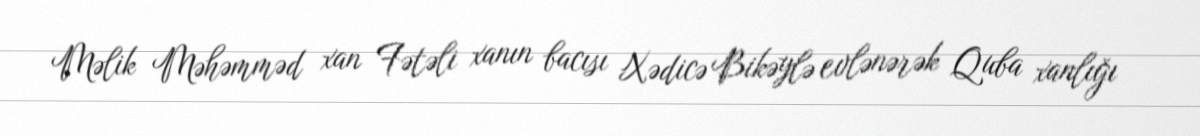
Məlik Məhəmməd xan Fətəli xanın bacısı Xədicə Bikəylə evlənərək Quba xanlığı